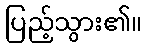
ပြည့်သွား၏။